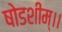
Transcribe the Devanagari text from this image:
षोडशीम्।।